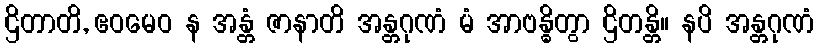
ဌိတာတိ, ဧဝမေဝ န အန္တံ ဇာနာတိ အန္တဂုဏံ မံ အာဗန္ဓိတွာ ဌိတန္တိ။ နပိ အန္တဂုဏံ